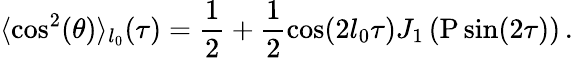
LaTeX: \langle\cos^{2}(\theta)\rangle_{l_{0}}(\tau)=\frac{1}{2}+\frac{1}{2}\cos(2l_{0}\tau)J_{1}\left(\mathrm{P}\sin(2\tau)\right)\, .